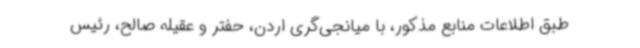
طبق اطلاعات منابع مذکور، با میانجی‌گری اردن، حفتر و عقیله صالح، رئیس